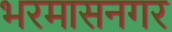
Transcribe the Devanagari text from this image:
भरमासनगर